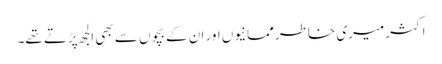
اکثر میری خاطر ممانیوں اور ان کے بچوں سے بھی الجھ پڑتے تھے۔